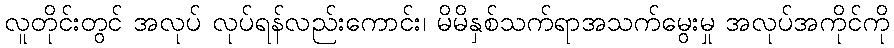
လူတိုင်းတွင် အလုပ် လုပ်ရန်လည်းကောင်း၊ မိမိနှစ်သက်ရာအသက်မွေးမှု အလုပ်အကိုင်ကို